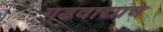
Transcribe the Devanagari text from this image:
गूढवाद्यांचे